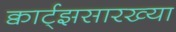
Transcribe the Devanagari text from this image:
क्वार्ट्‌झसारख्या